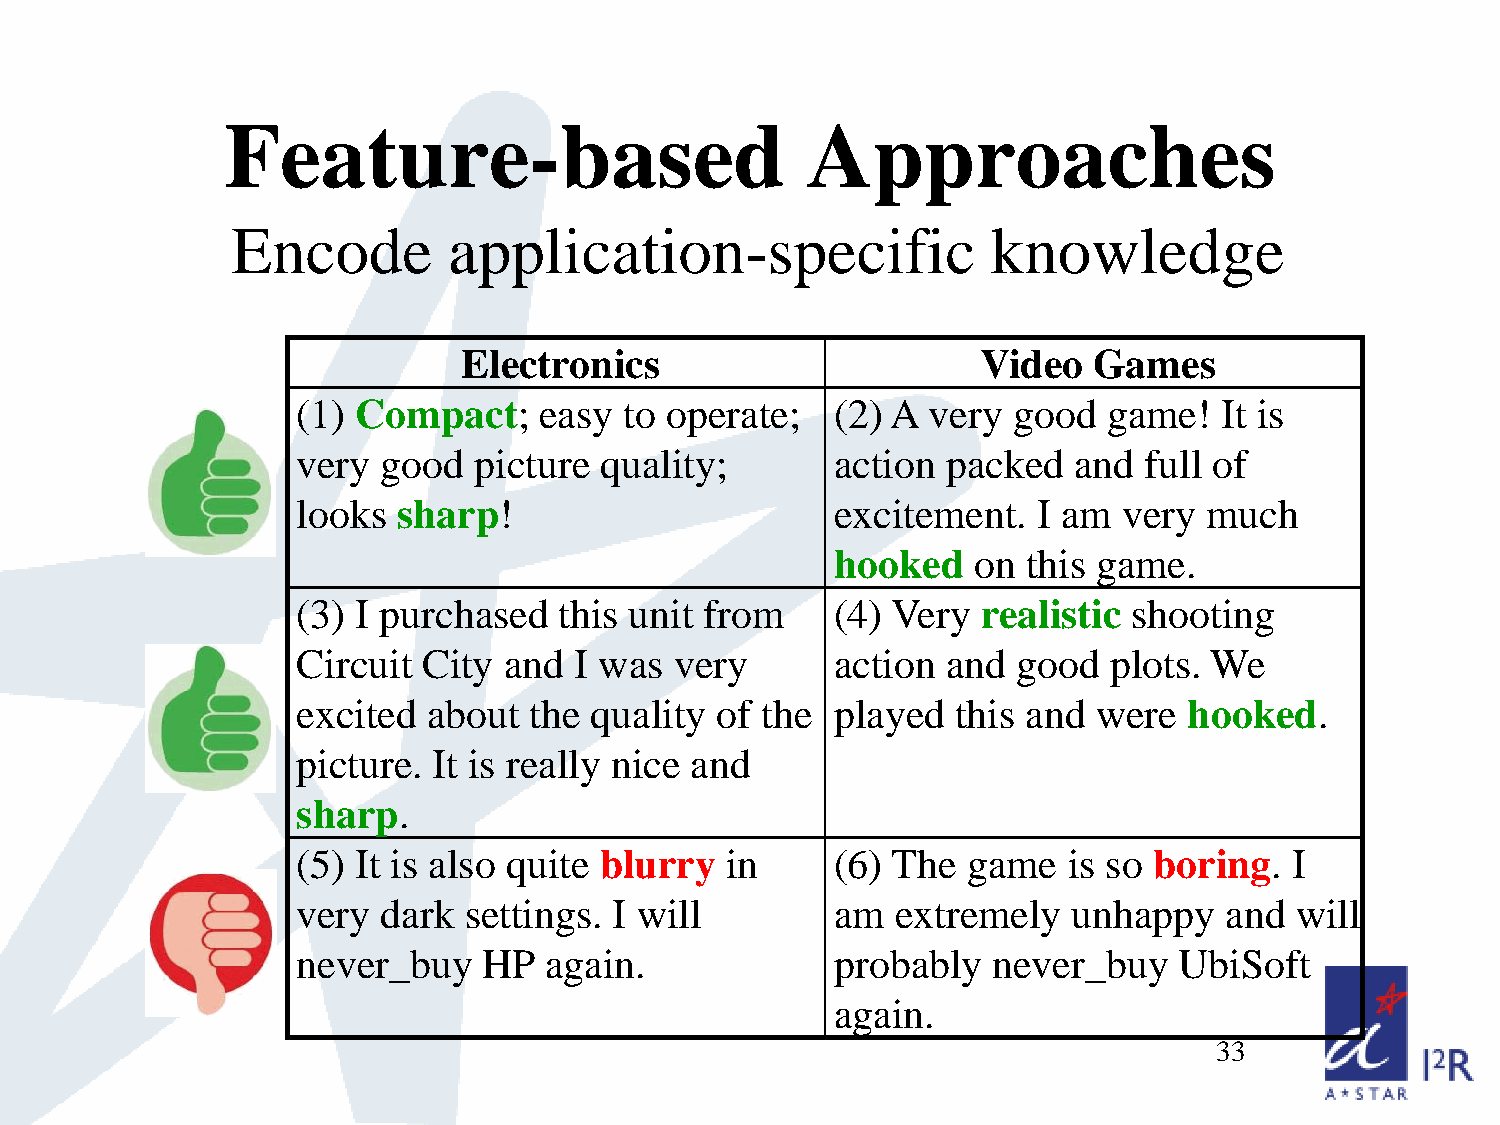
Feature-based                         Approaches
 Encode         application-specific                knowledge
 Electronics                       Video  Games
 (1) Compact;    easy to operate;   (2) A very  good  game!   It is
 very good  picture  quality;       action  packed  and  full of
 looks sharp!                       excitement.   I am very  much
 hooked   on  this game.
 (3) I purchased  this unit from    (4) Very  realistic shooting
 Circuit City and  I was  very      action  and good  plots. We
 excited about  the quality of the  played  this and  were  hooked.
 picture. It is really nice and
 sharp.
 (5) It is also quite blurry in     (6) The  game   is so boring.  I
 very dark  settings. I will        am  extremely   unhappy   and  will
 never_buy   HP  again.             probably   never_buy   UbiSoft
 again.
 33